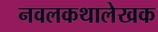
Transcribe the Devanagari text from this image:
नवलकथालेखक